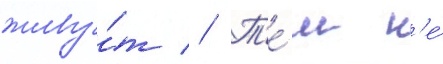
живу́т // Т'е́м н'е́